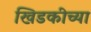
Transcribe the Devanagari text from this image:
खिडकीच्या